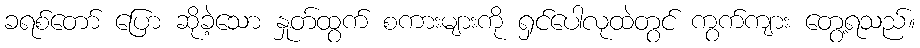
ခရစ်တော် ပြော ဆိုခဲ့သော နှုတ်ထွက် စကားများကို ရှင်ပေါလုထဲတွင် ကွက်ကျား တွေ့ရသည်။